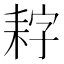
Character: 𮋩